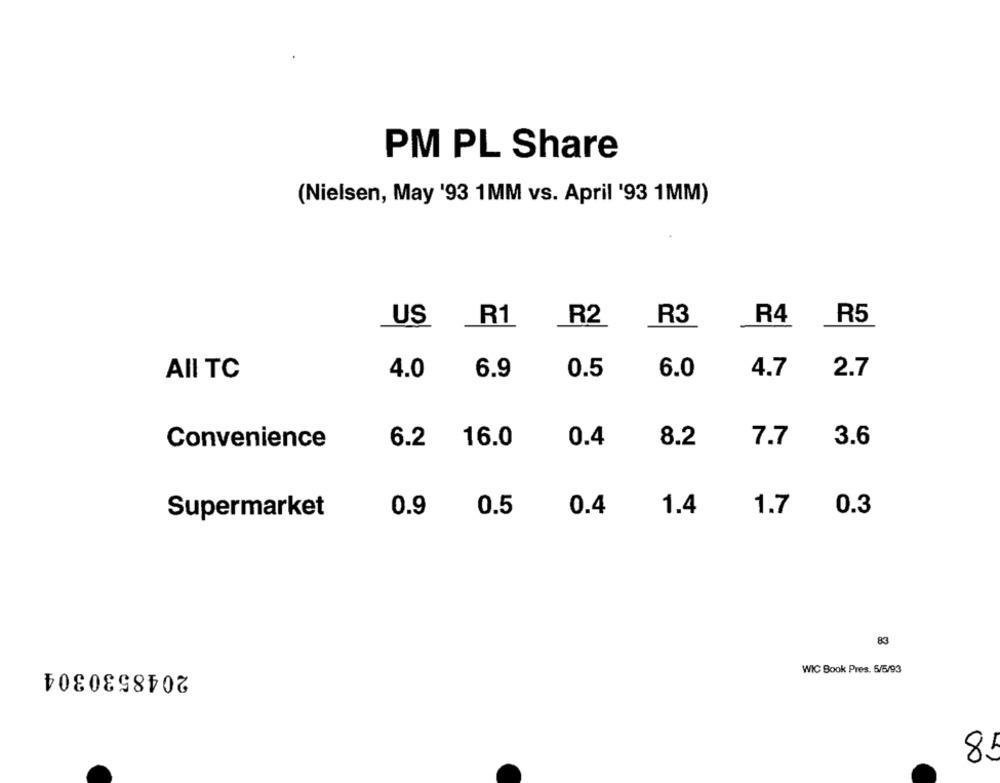
PM PL Share
(Nielsen, May '93 1MM vs. April '93 1MM)
US
R1
R3
R4
R5
R2
AII TC
4.0
6.9
0.5
6.0
4.7
2.7
16.0
0.4
8.2
7.7
3.6
Convenience
6.2
0.5
0.4
1.4
1.7
0.3
Supermarket
0.9
83
2048530304
WIC Book Pres. 5/5/93
81